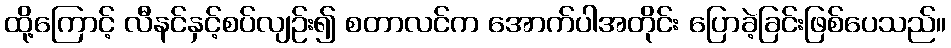
ထို့ကြောင့် လီနင်နှင့်စပ်လျဉ်း၍ စတာလင်က အောက်ပါအတိုင်း ပြောခဲ့ခြင်းဖြစ်ပေသည်။